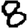
Digit: 8